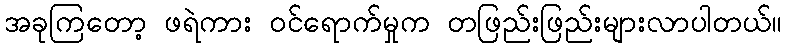
အခုကြတော့ ဖရဲကား ဝင်ရောက်မှုက တဖြည်းဖြည်းများလာပါတယ်။